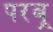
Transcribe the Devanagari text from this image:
परब्र्